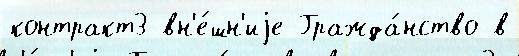
контракт3 вн'е́шн'иjе Гражда́нство в